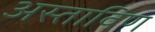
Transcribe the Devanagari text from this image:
अस्ताविण